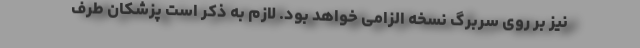
نیز بر روی سربرگ نسخه الزامی خواهد بود. لازم به ذکر است پزشکان طرف